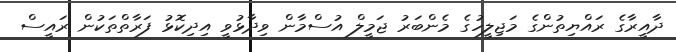
ދާއީރާގެ ރައްޔިތުންގެ މަޖިލީހުގެ މެންބަރު ޖަމީލް އުސްމާން ވިދާޅުވީ އިދިކޮޅު ފަރާތްތަކުން ރައީސް